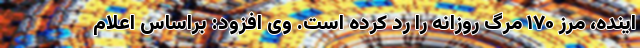
اینده، مرز ۱۷۰ مرگ روزانه را رد کرده است. وی افزود: براساس اعلام